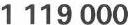
1 119 000